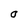
Character: 0